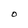
Character: O